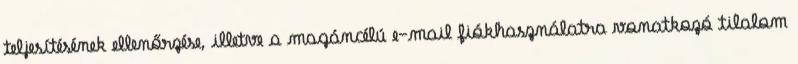
teljesítésének ellenőrzése, illetve a magáncélú e-mail fiókhasználatra vonatkozó tilalom